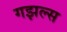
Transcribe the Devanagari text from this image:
गझल्स